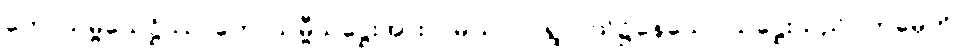
ကောသမ္ဗိသေဋ္ဌိဿ၊ ကောသမ္ဗီသဋ္ဌေးအား။ “မယာ၊ ငါရွာငယ်၌နေသော သဋ္ဌေးသည်။ တုမှေဟိ၊